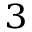
_ 3